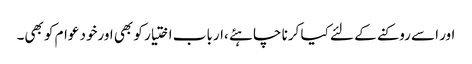
اور اسے روکنے کے لئے کیا کرنا چاہئے ،ارباب اختیار کو بھی اورخود عوام کو بھی۔